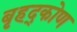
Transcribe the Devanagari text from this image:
बृहद्कोण